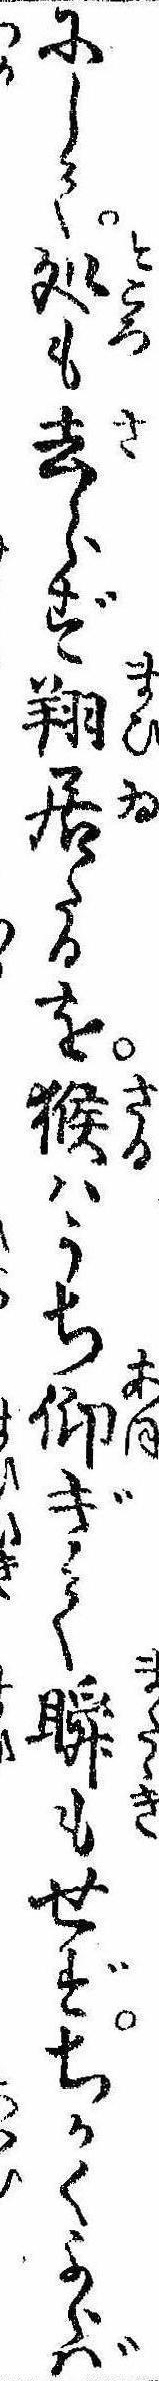
にして処も去らず翔居たるを猴はうち仰ぎて瞬もせずちかくよらば